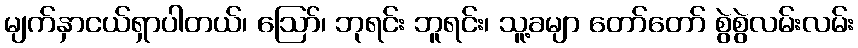
မျက်နှာငယ်ရှာပါတယ်၊ ဪ၊ ဘုရင်း ဘူရင်း၊ သူ့ခမျာ တော်တော် စွဲစွဲလမ်းလမ်း